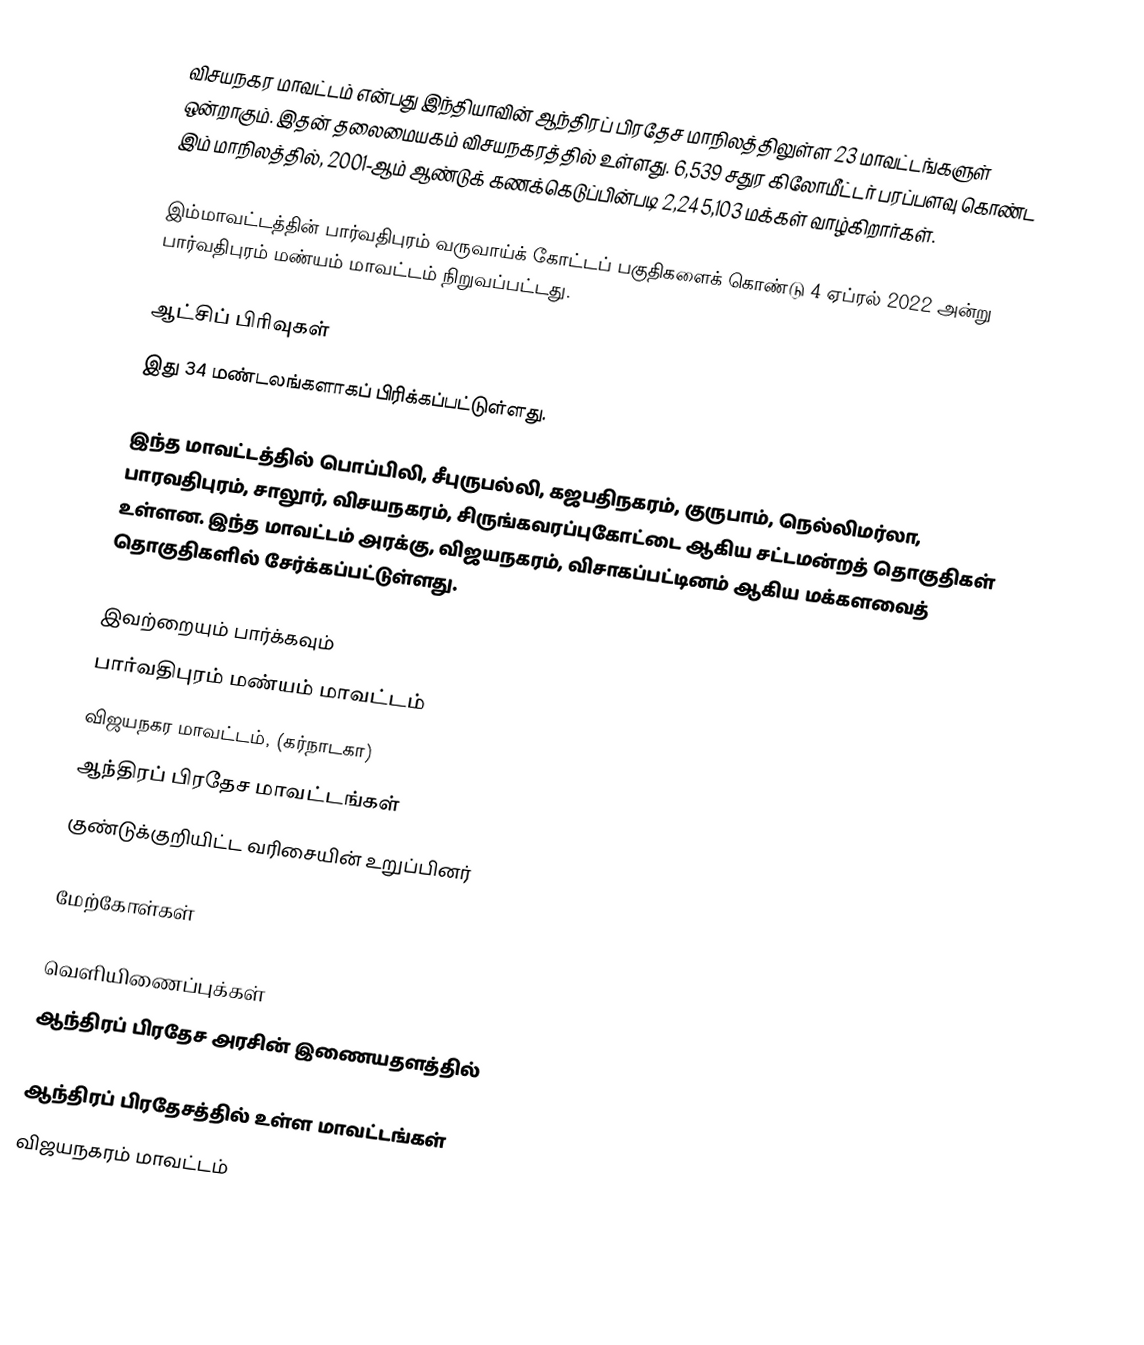
விசயநகர மாவட்டம் என்பது இந்தியாவின் ஆந்திரப் பிரதேச மாநிலத்திலுள்ள 23 மாவட்டங்களுள் ஒன்றாகும். இதன் தலைமையகம் விசயநகரத்தில் உள்ளது. 6,539 சதுர கிலோமீட்டர் பரப்பளவு கொண்ட இம் மாநிலத்தில், 2001-ஆம் ஆண்டுக் கணக்கெடுப்பின்படி 2,245,103 மக்கள் வாழ்கிறார்கள்.

இம்மாவட்டத்தின் பார்வதிபுரம் வருவாய்க் கோட்டப் பகுதிகளைக் கொண்டு 4 ஏப்ரல் 2022 அன்று பார்வதிபுரம் மண்யம் மாவட்டம் நிறுவப்பட்டது.

ஆட்சிப் பிரிவுகள்
இது 34 மண்டலங்களாகப் பிரிக்கப்பட்டுள்ளது.

இந்த மாவட்டத்தில் பொப்பிலி, சீபுருபல்லி, கஜபதிநகரம், குருபாம், நெல்லிமர்லா, பாரவதிபுரம், சாலூர், விசயநகரம், சிருங்கவரப்புகோட்டை ஆகிய சட்டமன்றத் தொகுதிகள் உள்ளன. இந்த மாவட்டம் அரக்கு, விஜயநகரம், விசாகப்பட்டினம் ஆகிய மக்களவைத் தொகுதிகளில் சேர்க்கப்பட்டுள்ளது.

இவற்றையும் பார்க்கவும்
 பார்வதிபுரம் மண்யம் மாவட்டம்
 விஜயநகர மாவட்டம், (கர்நாடகா)
 ஆந்திரப் பிரதேச மாவட்டங்கள்
 குண்டுக்குறியிட்ட வரிசையின் உறுப்பினர்

மேற்கோள்கள்

வெளியிணைப்புக்கள்
 ஆந்திரப் பிரதேச அரசின் இணையதளத்தில்

ஆந்திரப் பிரதேசத்தில் உள்ள மாவட்டங்கள்
விஜயநகரம் மாவட்டம்